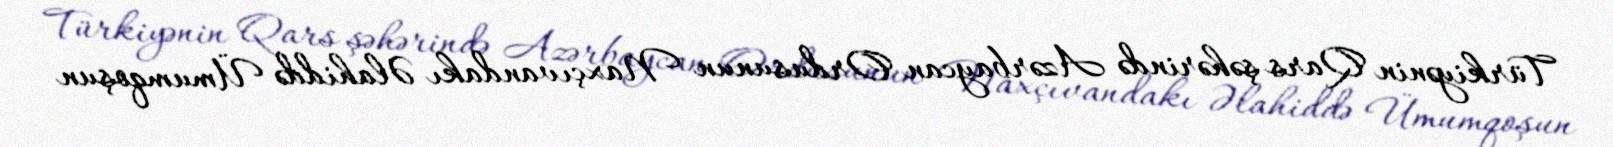
Türkiyənin Qars şəhərində Azərbaycan Ordusunun Naxçıvandakı Əlahiddə Ümumqoşun